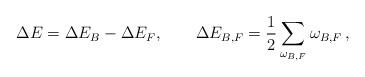
LaTeX: \begin{align*}\Delta E=\Delta E_B - \Delta E_F,\qquad \Delta E_{B,F} = \frac 12\sum_{\omega_{B,F}} \omega_{B,F} \,,\end{align*}